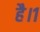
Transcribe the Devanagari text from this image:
है।१